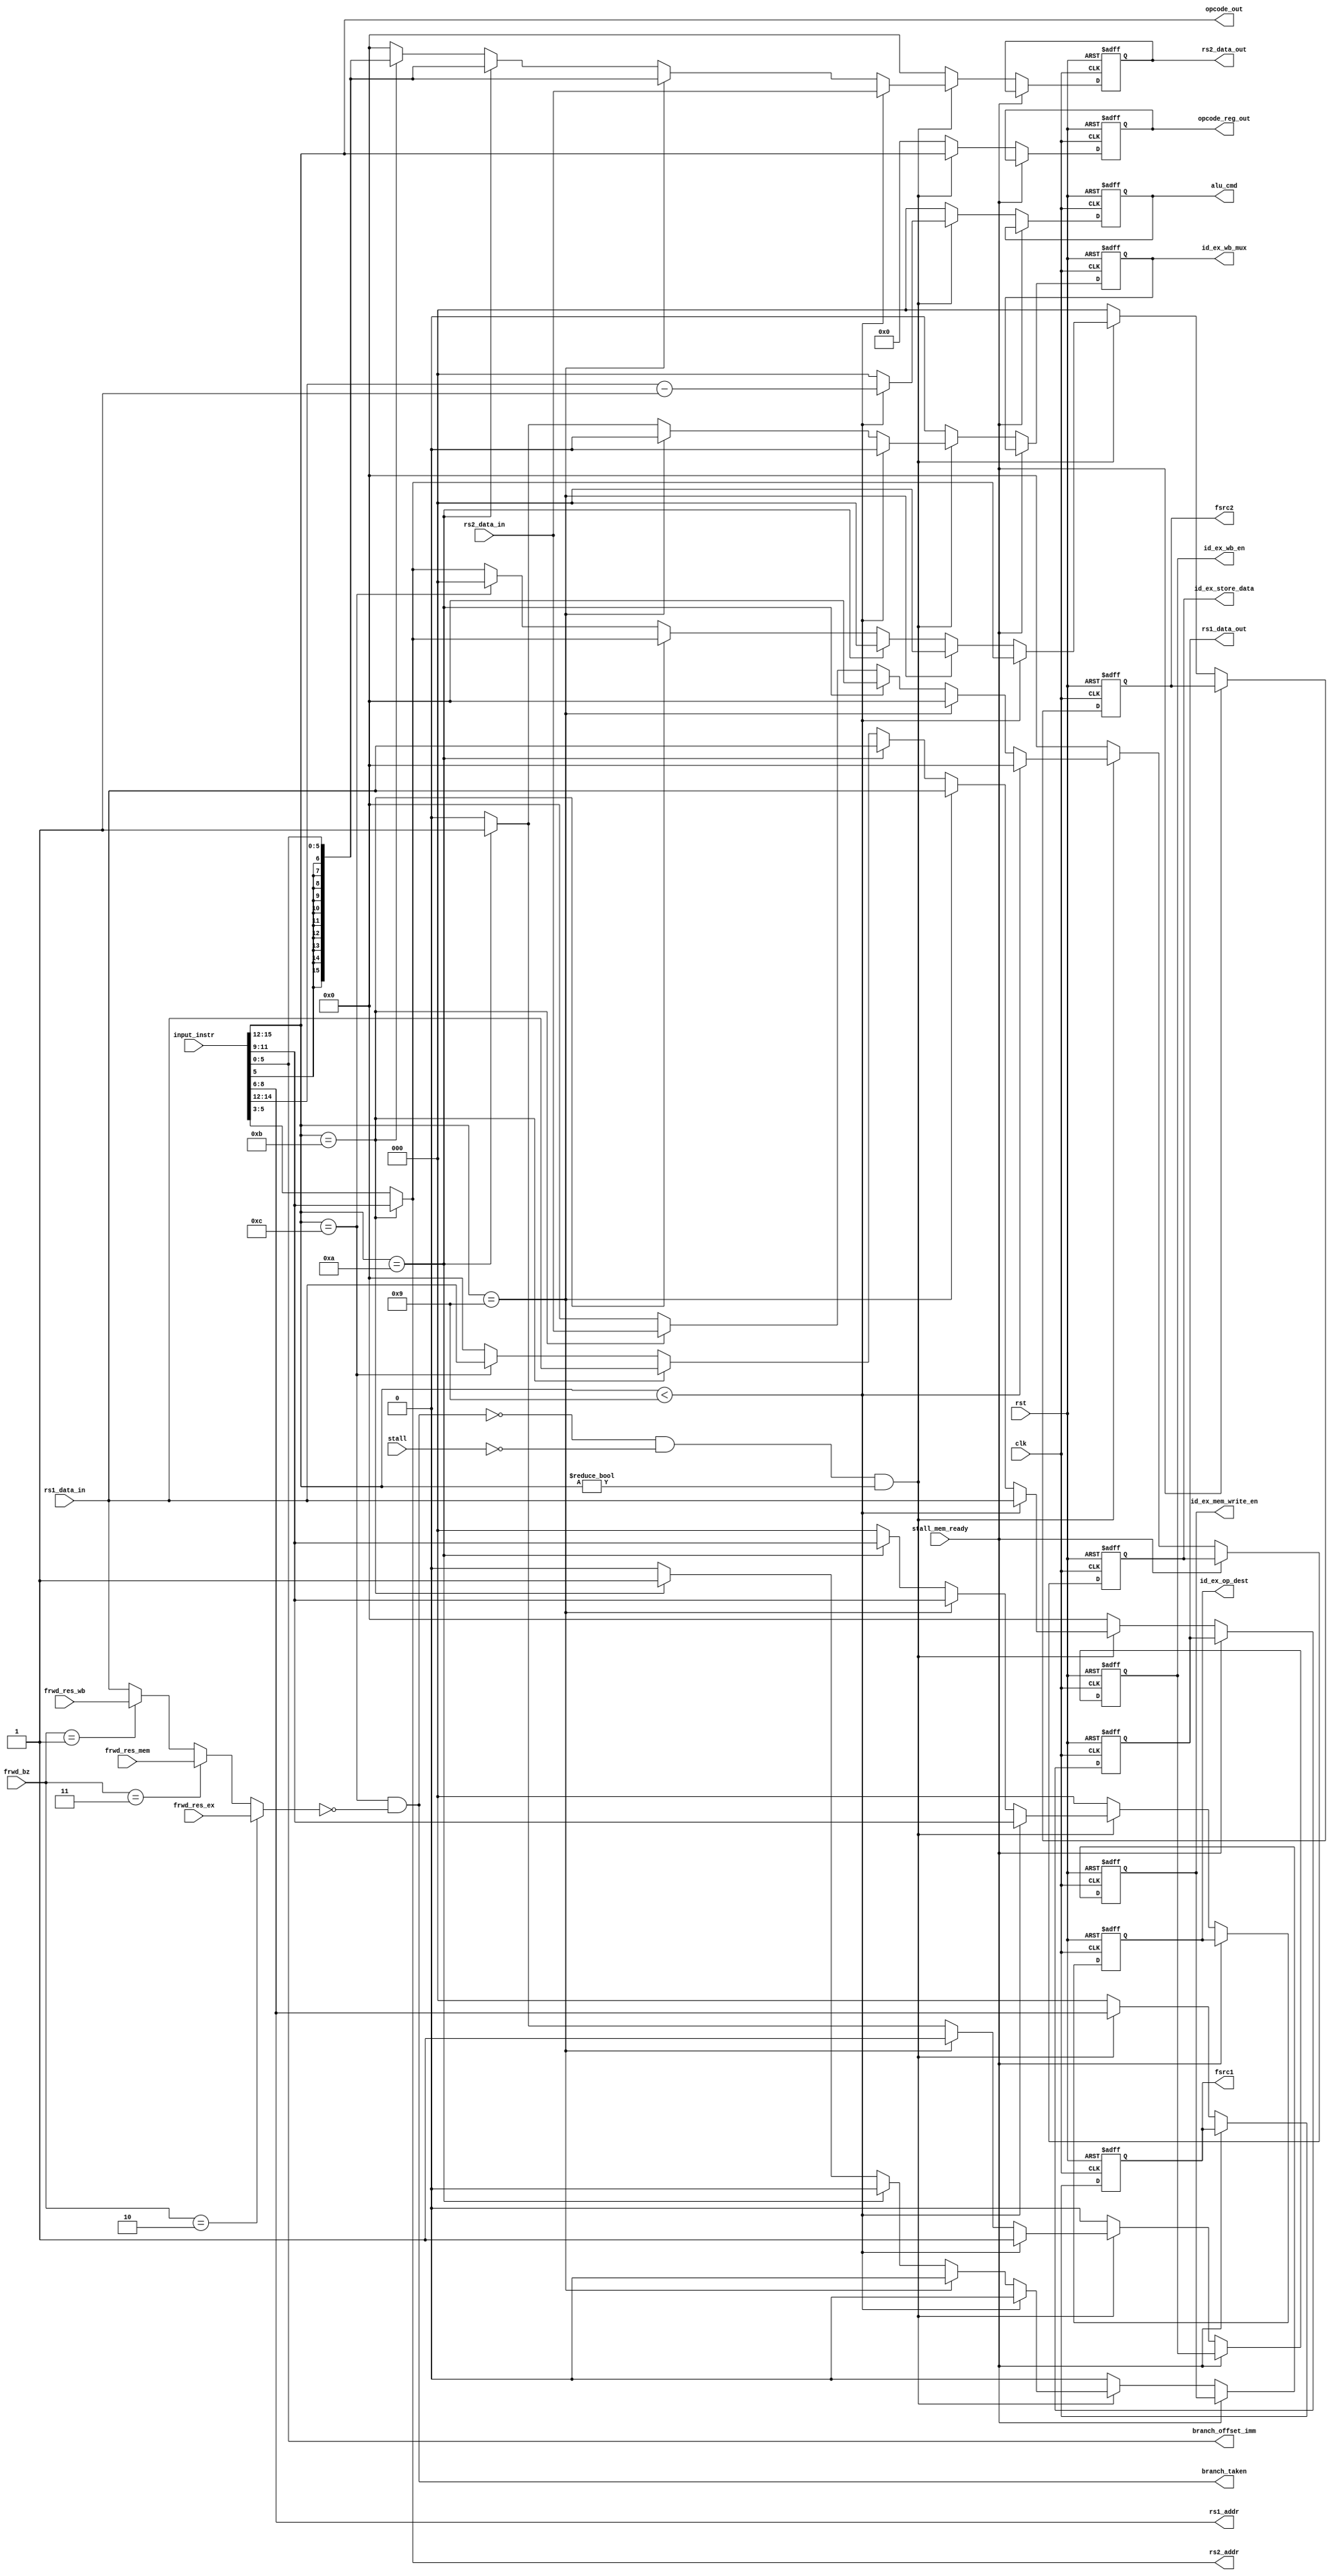
module ID_stage
(
	input	clk,
	input	rst,
	input 	stall_mem_ready,
	input	[1:0] frwd_bz,
	input   [15:0] frwd_res_ex,
  	input   [15:0] frwd_res_mem,
  	input   [15:0] frwd_res_wb,
	input 	stall,
	input 	[15:0]input_instr,
	output 	[2:0]rs1_addr,
	output 	[2:0]rs2_addr,
	output 	reg [15:0]rs1_data_out,
	output  reg [15:0]rs2_data_out,
	input 	[15:0]rs1_data_in,
	input 	[15:0]rs2_data_in,
	output 	reg [2:0]alu_cmd,
	output 	branch_taken,
	output 	[5:0]branch_offset_imm,

	output 	reg [15:0] id_ex_store_data,
	output 	reg [2:0] id_ex_op_dest,
	output 	reg id_ex_mem_write_en,
	output 	reg id_ex_wb_mux,
	output 	reg id_ex_wb_en,
	output 	reg [2:0] fsrc1,
	output 	reg [2:0] fsrc2,
	output 	[3:0] opcode_out,
	output 	reg [3:0] opcode_reg_out
);

parameter NOP = 0,ADDI=9,LD=10,ST=11,BZ=12;
parameter ALU_CMD_ADD = 0;
parameter  FORWARD_EX_RES = 2'b10;
parameter  FORWARD_MEM_RES = 2'b11;
parameter  FORWARD_WB_RES = 2'b01;
wire [3:0] opcode;
wire [15:0]branch_input;
always @(posedge clk or posedge rst) begin
	if (rst) begin
		{alu_cmd, rs1_data_out, rs2_data_out,id_ex_store_data,id_ex_op_dest,id_ex_mem_write_en,id_ex_wb_mux,id_ex_wb_en,fsrc1,fsrc2,opcode_reg_out} <=0;
	end
	else if(!stall_mem_ready) begin
		{alu_cmd, rs1_data_out, rs2_data_out,id_ex_store_data,id_ex_op_dest,id_ex_mem_write_en,id_ex_wb_mux,id_ex_wb_en,fsrc2,fsrc1,opcode_reg_out} <=0;
		if (!branch_taken && !stall && opcode!=NOP)begin
			opcode_reg_out <= opcode;
			fsrc1 <= rs1_addr;
			fsrc2 <= rs2_addr;
			if (opcode <9)begin
				rs1_data_out <= rs1_data_in;
				rs2_data_out <= rs2_data_in;
				id_ex_wb_en <= 1;
				alu_cmd <= input_instr[15:12]-1;
				id_ex_op_dest <= input_instr[11:9];
			end
			else if (opcode == ADDI) begin
				rs1_data_out <= rs1_data_in;
				id_ex_wb_en <= 1;
				fsrc2 <= 0;
				alu_cmd <= ALU_CMD_ADD;
				rs2_data_out <= $signed(branch_offset_imm);
				id_ex_op_dest <= input_instr[11:9];
			end
			else if (opcode == LD) begin
				id_ex_wb_mux <= 1;
				rs1_data_out <= rs1_data_in;
				id_ex_wb_en <= 1;
				fsrc2 <= 0;
				alu_cmd <= ALU_CMD_ADD;
				rs2_data_out <= $signed(branch_offset_imm);
				id_ex_op_dest <= input_instr[11:9];
			end
			else if (opcode == ST) begin
				rs1_data_out <= rs1_data_in;
				rs2_data_out <= $signed(branch_offset_imm);
				alu_cmd <= ALU_CMD_ADD;
				id_ex_op_dest <= 0;
				id_ex_mem_write_en <= 1;
				id_ex_store_data <= rs2_data_in;
			end
			else if (opcode == BZ) begin
				rs1_data_out <= rs1_data_in;
				fsrc2 <= 0;
			end
		end
	end
end
assign branch_input = (frwd_bz == FORWARD_EX_RES) ? frwd_res_ex :
                  ((frwd_bz == FORWARD_MEM_RES) ? frwd_res_mem :
                   ((frwd_bz == FORWARD_WB_RES) ? frwd_res_wb:rs1_data_in));

assign opcode = input_instr[15:12];
assign opcode_out = input_instr[15:12];
assign branch_offset_imm = input_instr[5:0];
assign branch_taken = (opcode == BZ) && (branch_input == 0);
assign rs1_addr = input_instr[8:6];
assign rs2_addr = (opcode == ST) ? input_instr[11:9] : input_instr[5:3];
endmodule